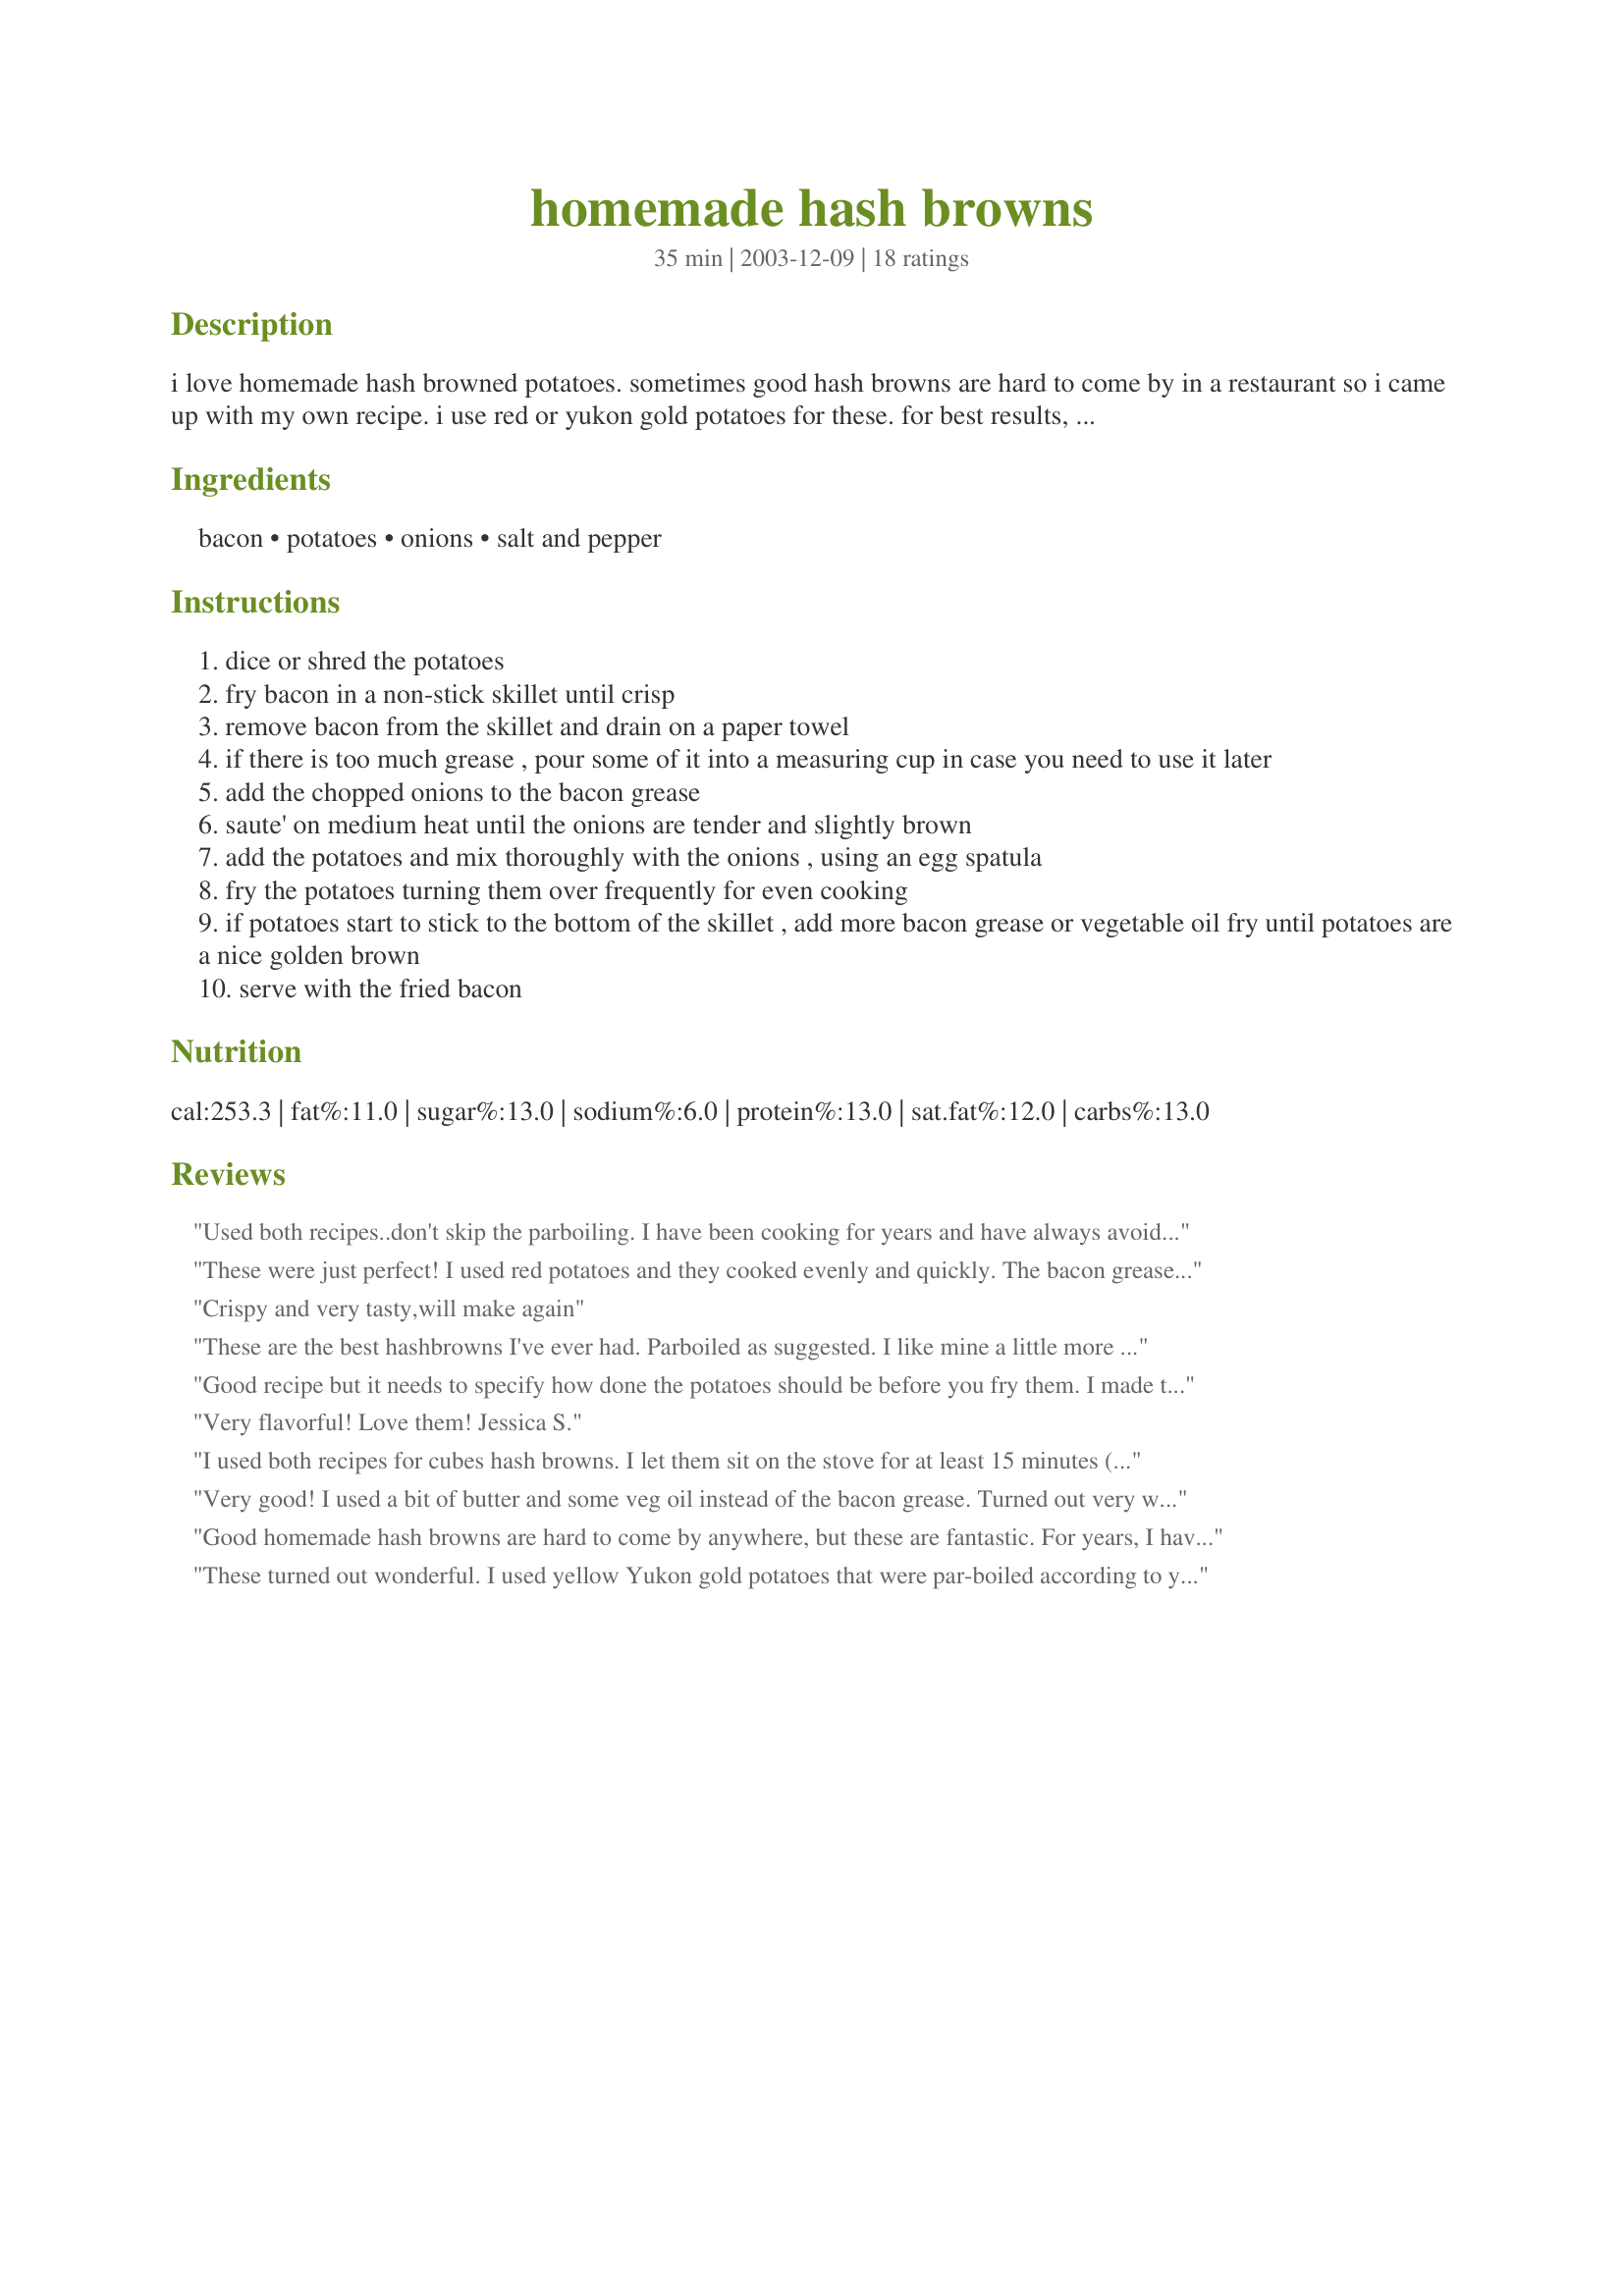
homemade hash browns
Preparation time: 35 minutes

i love homemade hash browned potatoes. sometimes good hash browns are hard to come by in a restaurant so i came up with my own recipe. i use red or yukon gold potatoes for these. for best results, prepare the potatoes using my recipe #77231 recipe.before making these. figure one medium potato per serving. this gives the potatoes a jump start and prevents them from absorbing a lot of the grease and sticking together. these are really good with gravy on them. prep time does not include the time for preparing potatoes cook time is approximate. if you are using a skillet that is not non-stick, such as aluminum, preheat it on medium-high heat for 2-3 minutes with nothing in it. not even oil. this prevents the potatoes from sticking to the bottom of the pan. use caution when adding the bacon to the pan. originally posted march 10 2003 edited on june 10, 2011

Ingredients:
bacon, potatoes, onions, salt and pepper

Steps:
dice or shred the potatoes
fry bacon in a non-stick skillet until crisp
remove bacon from the skillet and drain on a paper towel
if there is too much grease , pour some of it into a measuring cup in case you need to use it later
add the chopped onions to the bacon grease
saute' on medium heat until the onions are tender and slightly brown
add the potatoes and mix thoroughly with the onions , using an egg spatula
fry the potatoes turning them over frequently for even cooking
if potatoes start to stick to the bottom of the skillet , add more bacon grease or vegetable oil fry until potatoes are a nice golden brown
serve with the fried bacon

Reviews:
Used both recipes..don't skip the parboiling. I have been cooking for years and have always avoided homemade hash browns as the potatoes always either stuck in the skillet, burnt and/or undercooked. These turned out very good and I will use these recipes from now on.

Used my cast iron skillet, yellow skinned potatoes and substituted approx 2 tbl. butter with a little canola oil for the bacon and they were delicious!

Thank you for sharing!
These were just perfect! I used red potatoes and they cooked evenly and quickly. The bacon grease added a great flavor. I hate hash browns that are not crispy and I was able to get these a nice golden color in my cast iron pan. We had them with fried eggs and everyone in this house enthusiastically rates it 5 stars for yum factor!
Crispy and very tasty,will make again
These are the best hashbrowns I've ever had. Parboiled as suggested. I like mine a little more well done than most and was able to accomplish this without any burning or sticking. I like breakfast casseroles, but it is hard to find a recipe for one or two. This will be a great jumping off point for me to create my own without having enough for an army.
Good recipe but it needs to specify how done the potatoes should be before you fry them. I made them both ways. Without prepping beforehand, it takes forever but the potatoes are pretty crispy. The pre-prepped ones didn't get crispy at all, they stuck to the bottom of the pan and just stuck together.
Very flavorful! Love them!
Jessica S.
I used both recipes for cubes hash browns. I let them sit on the stove for at least 15 minutes (used medium-sized potatoes). It took them at least 20-25 minutes to fully cook, I wound up covering the pan for the last few minutes to make sure they were done. They turned out great. My only problem was some off the onions got a little burnt.....this often happens to me when I make hashbrowns! Thanks for posting. Made for Cooking Tag Mania 2013.
Very good! I used a bit of butter and some veg oil instead of the bacon grease. Turned out very well thanks!
Good homemade hash browns are hard to come by anywhere, but these are fantastic. For years, I have known that it is best to parboil the potatoes -- so I recommend that everyone follow your preparation step from Recipe #77231. This morning I prepped the potatoes. Tonight I cooked the shredded result in vegetable oil -- no bacon on hand -- and got rave reviews from six people at the table
These turned out wonderful. I used yellow Yukon gold potatoes that were par-boiled according to your recipe. I diced them into about 1/2&quot; dice and cooked them over med heat, in a tablespoon of canola oil and a pat of butter. My bacon was already cooked from the day before, so I didn&#039;t have bacon fat. I had made fajitas the night before, and had some left over cooked peppers and onions. I added those with the crumbled bacon at the end. I didn&#039;t use the onions in step 5. My potatoes took about 15 mins to brown and cook through. Thanks for the great recipe. Next time I&#039;ll try them shredded in bacon fat.
I use this same recipe to make breakfast tacos. I use red potatoes and add garlic powder. This is a very good base for the yummy sunday tacos!!
Yum! This was so good, but so bad for you.
Aunty, This is the third time that I have made these, and I actually thought that I had already rated these!..these are just wonderful, the onion and bacon gives these hash browns such a delicious flavor. I did shred my potatoes on the grater, and hand-squeezed out the excess moisture....this is a great recipe, that I will be making again and again... we loved them! Thanks so much Auntwoofiewoof for posting....KC :)
I just had these for dinner and they were VERY good!I must tell you though *blush* I screwed up *LOL* I didn't thoroughly read the recipe... I skimmed ;) I'm bad about that. Anyway , I was thinking the bacon was to be fried up in pieces , so I cut it into pieces, then at the end , mixed the bacon IN with the potatoes and onions *LOL* Ya know what though?It was still good :) 
Thanks for posting this!! We love 'em!
These are delicious hash browns. Just perfectly golden. I used both shallots and onions as I wanted to use up both. I also added some green and red bell peppers. The bacon gave it great flavor. Made for ZWT4 for the Tastebud Tickling Travellers.
These potatoes were excellent. The bacon added a nice flavour. I chopped them fairly big. I think I will try them shredded the next time. Thanks Auntwoofiewoof
Ok, I have spent aweek making hash browns and this nailed 85% of what I wanted. They were delicious (followed both the prep and cook) and they turned out great. The one addition I want is these were loose and I am shooting for the iant shredded disc that is one. Thanks!
Made these this morning. I diced up three potatoes and cooked them in the microwave for 2 min and 30 sec. Then fried them in the bacon greese. Added garlic salt and pepper. They were good but I rather steam them or fry with olive oil, healthier way to cook them. Had them with over easy eggs, bacon, and toast.
